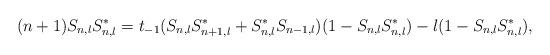
LaTeX: \begin{align*}(n+1)S_{n,l}S_{n,l}^{*}=t_{-1}(S_{n,l}S_{n+1,l}^{*}+S_{n,l}^{*}S_{n-1,l})(1-S_{n,l}S_{n,l}^{*})-l(1-S_{n,l}S_{n,l}^{*}),\end{align*}